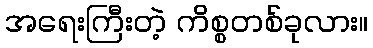
အရေးကြီးတဲ့ ကိစ္စတစ်ခုလား။